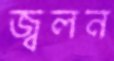
জ্বলন